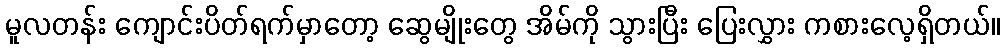
မူလတန်း ကျောင်းပိတ်ရက်မှာတော့ ဆွေမျိုးတွေ အိမ်ကို သွားပြီး ပြေးလွှား ကစားလေ့ရှိတယ်။